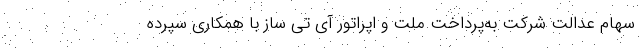
سهام عدالت شرکت به‌پرداخت ملت و اپراتور آی‌ تی‌ ساز با همکاری سپرده